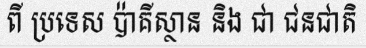
ពី ប្រទេស ប៉ាគីស្ថាន និង ជា ជនជាតិ